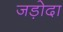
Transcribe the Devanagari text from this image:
जड़ोदा